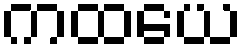
ကထယေ